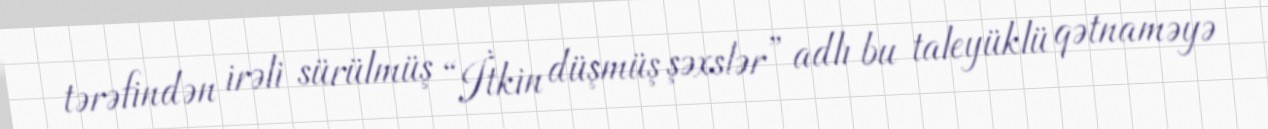
tərəfindən irəli sürülmüş “İtkin düşmüş şəxslər” adlı bu taleyüklü qətnaməyə